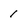
Character: 1